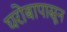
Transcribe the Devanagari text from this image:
घरोबापासून